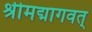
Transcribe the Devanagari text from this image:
श्रीमद्मागवत्